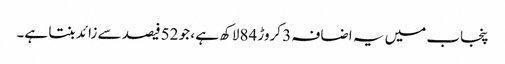
پنجاب میں یہ اضافہ 3 کروڑ 84لاکھ ہے ، جو 52فیصد سے زائد بنتا ہے۔